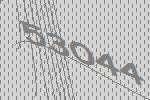
53044